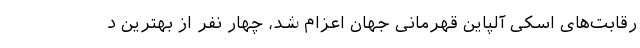
رقابت‌های اسکی آلپاین قهرمانی جهان اعزام شد، چهار نفر از بهترین د